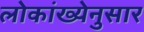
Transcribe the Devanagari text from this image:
लोकांख्येनुसार